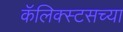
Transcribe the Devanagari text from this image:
कॅलिक्स्टसच्या